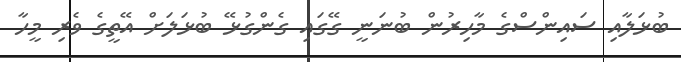
ބުޅަލާއި ސައިންސްގެ މާހިރުން ބުނަނީ ގޭގައި ގެންގުޅޭ ބުޅަލަށް އޭތީގެ ވެރި މީހާ